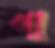
পা